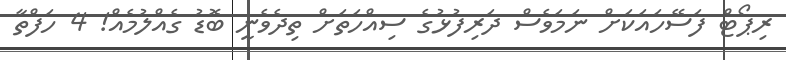
ރިޕޯޓް ފަސޭހައަކަށް ނަމަވެސް ދަރިފުޅުގެ ސިއްހަތަށް ތިދެވެނީ ބޮޑު ގެއްލުމެއް! 4 ހަފްތާ